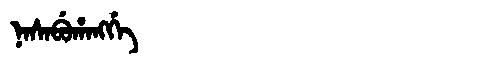
Manchu: ᠨᠠᠰᠠᠪᡠᡥᠠᠩᡤᡝ
Romanization: NASABUHANGGE